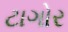
ટાગોર